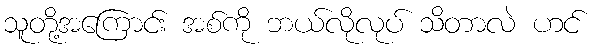
သူတို့အကြောင်း အစ်ကို ဘယ်လိုလုပ် သိတာလဲ ဟင်